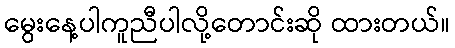
မွေးနေ့ပါကူညီပါလို့တောင်းဆို ထားတယ်။